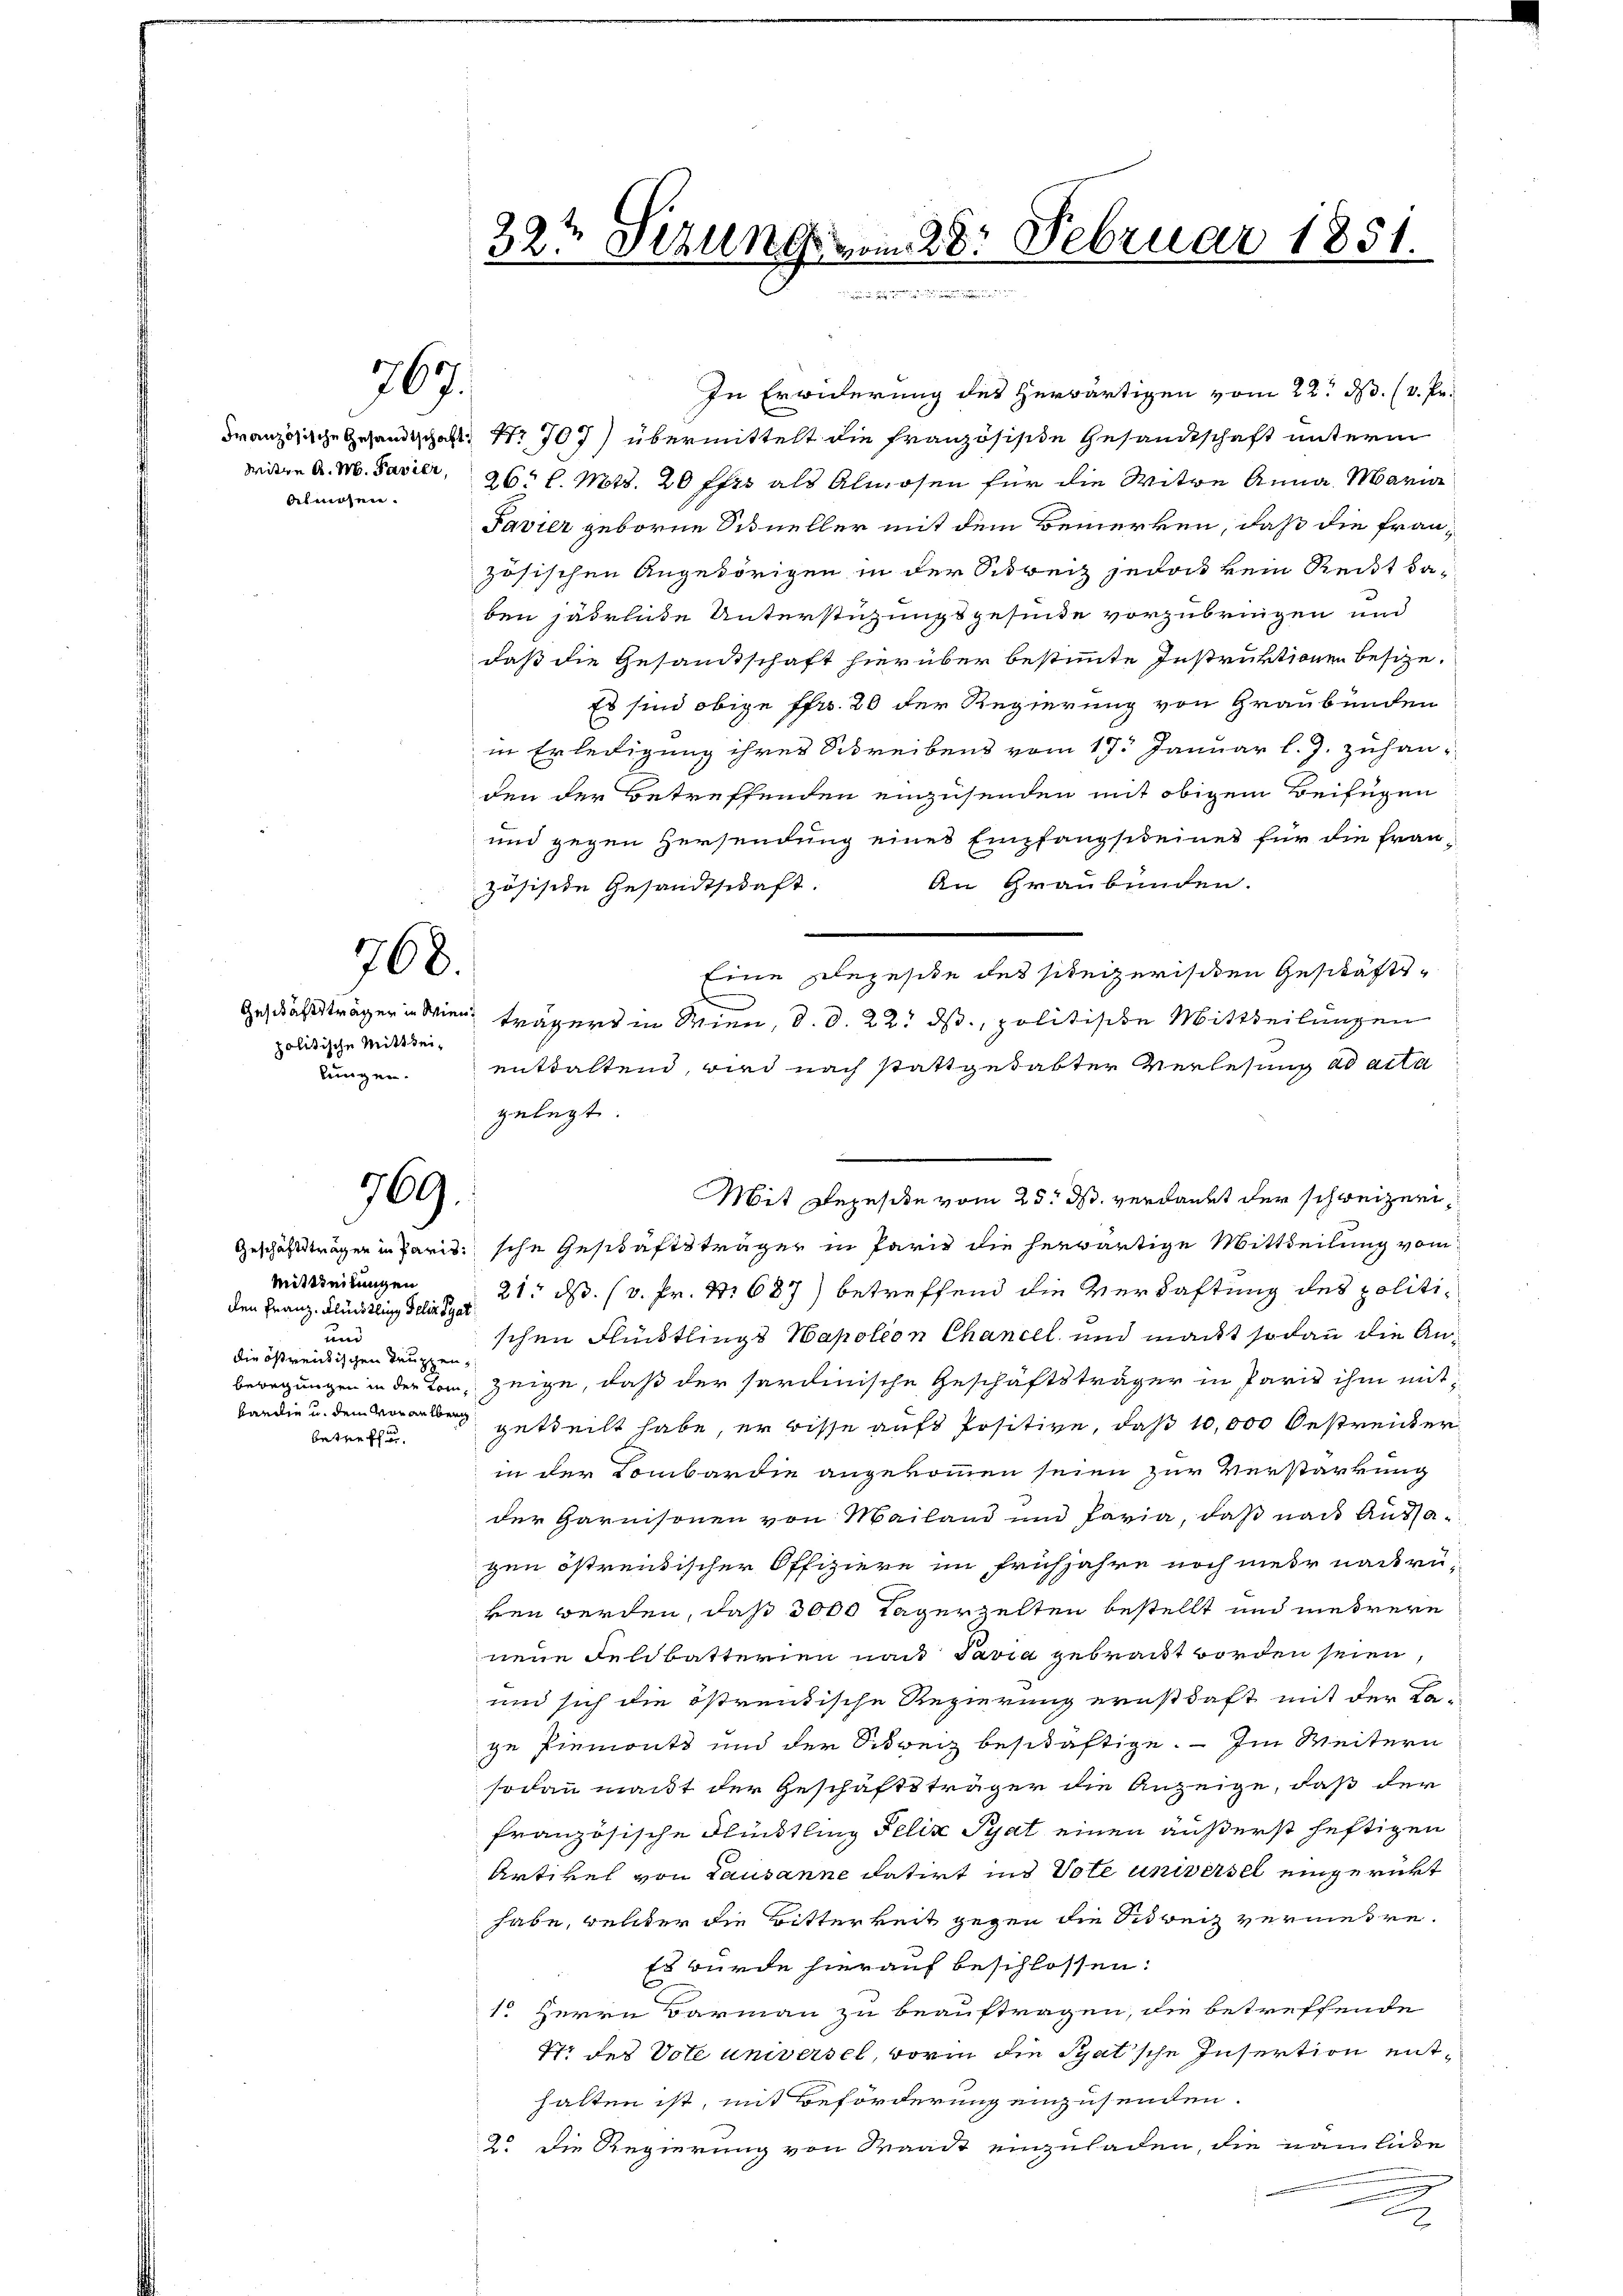
Witwe A. M. Pavier,
Almosen.

767.

768.

politische Mittheilungen.

769.

Mittheilungen
den Franz- Flüchtling Felix Tyat
und
die östreitischen Truppen
betreffen.

32te Sizung vom 28. Februar 1851.

In Erwiderung des Herwärtigen vom 22. N. (v. Pr.
Französische Gesandtschaft Nr. 707) übermittelt die französische Gesandtschaft unterm
26 l. Mts. 20 ffro als Almosen für die Witwe Anna Maria
Favier geboren Situeller mit dem Bemerken, daß die französischen Angehörigen in der Schweiz jedoch kein Reitbaben jährliche Unterstüzungsgesinde vorzubringen und
daß die Gesandtschaft hierüber bestimmte Instruktionen besize¬
Es sind obige Pfr. 20 der Regierung von Graubünden
in Erledigung ihrer Schreibens vom 17. Januar l. J. zuhanden der Betreffenden einzusenden mit obigem Beifügen
und gegen Zersendung eines Empfangsteines für die Frau¬
An Graubünden.
zösische Gesandtschaft.
Eine Ehegeste des scheizerischen Geschäfts¬
Geschäftsträger in Wien trägers in Wien, d. d. 22. ds, politische Mittheilungen
enttaltend, wird nach stattgedabter Verlesung ad acta
gelegt.
e
Geschäftsträgen in Paris sche Geschäftsträger in Paris die herwärtige Mittheilung vom
21. ds. (v. Fr. S. 687) betreffend die Verhaftung des politischen Flüchtlings Napoleon Chancel, und macht sodann die An¬
Bewegungen in der Ton, zeige, daß der hardinische Geschäftsträger in Paris ihm mitbardin u. den getheilt habe, er wisse aufs Positive, daß 10,000 Bestreicher
in der Kombardie angekommen seien zur Verstärkung
der Garnisonen von Mailand und Paria, daß nach Aussazen östreitischer Offiziere im Frühjahre noch mehr nachrü-
ken werden, daß 3000 Tagerzelten bestellt und mehrere
nene Feldbatterien nach Pavia gebracht worden seien,
und sich die östrentische Regierung ernsthaft mit der Ka-
ze Piemonts und der Schweiz beschäftige. — Im Weitern
sodann macht der Geschäftsträger die Anzeige, daß der
französische Flündtling Felix Pyat einen äußerst heftigen
Artikel von Lausanne datirt ins Vote universel eingericht
habe, welcher die Bitterkeit gegen die Schweiz vermeire.
Es würde hierauf beschlossen:
1. Herrn Barmann zu beauftragen, die betreffende
17 des Vote universel, worin die Pyat'sche Insertion enthalten ist, mit Beförderung einzusenden.
2 die Regierung von Waadt einzuladen, die nämliche
u
2

Mit Depesike vom 25. ds. verdankt der schweizeri¬